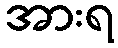
အားရ